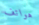
هواتف